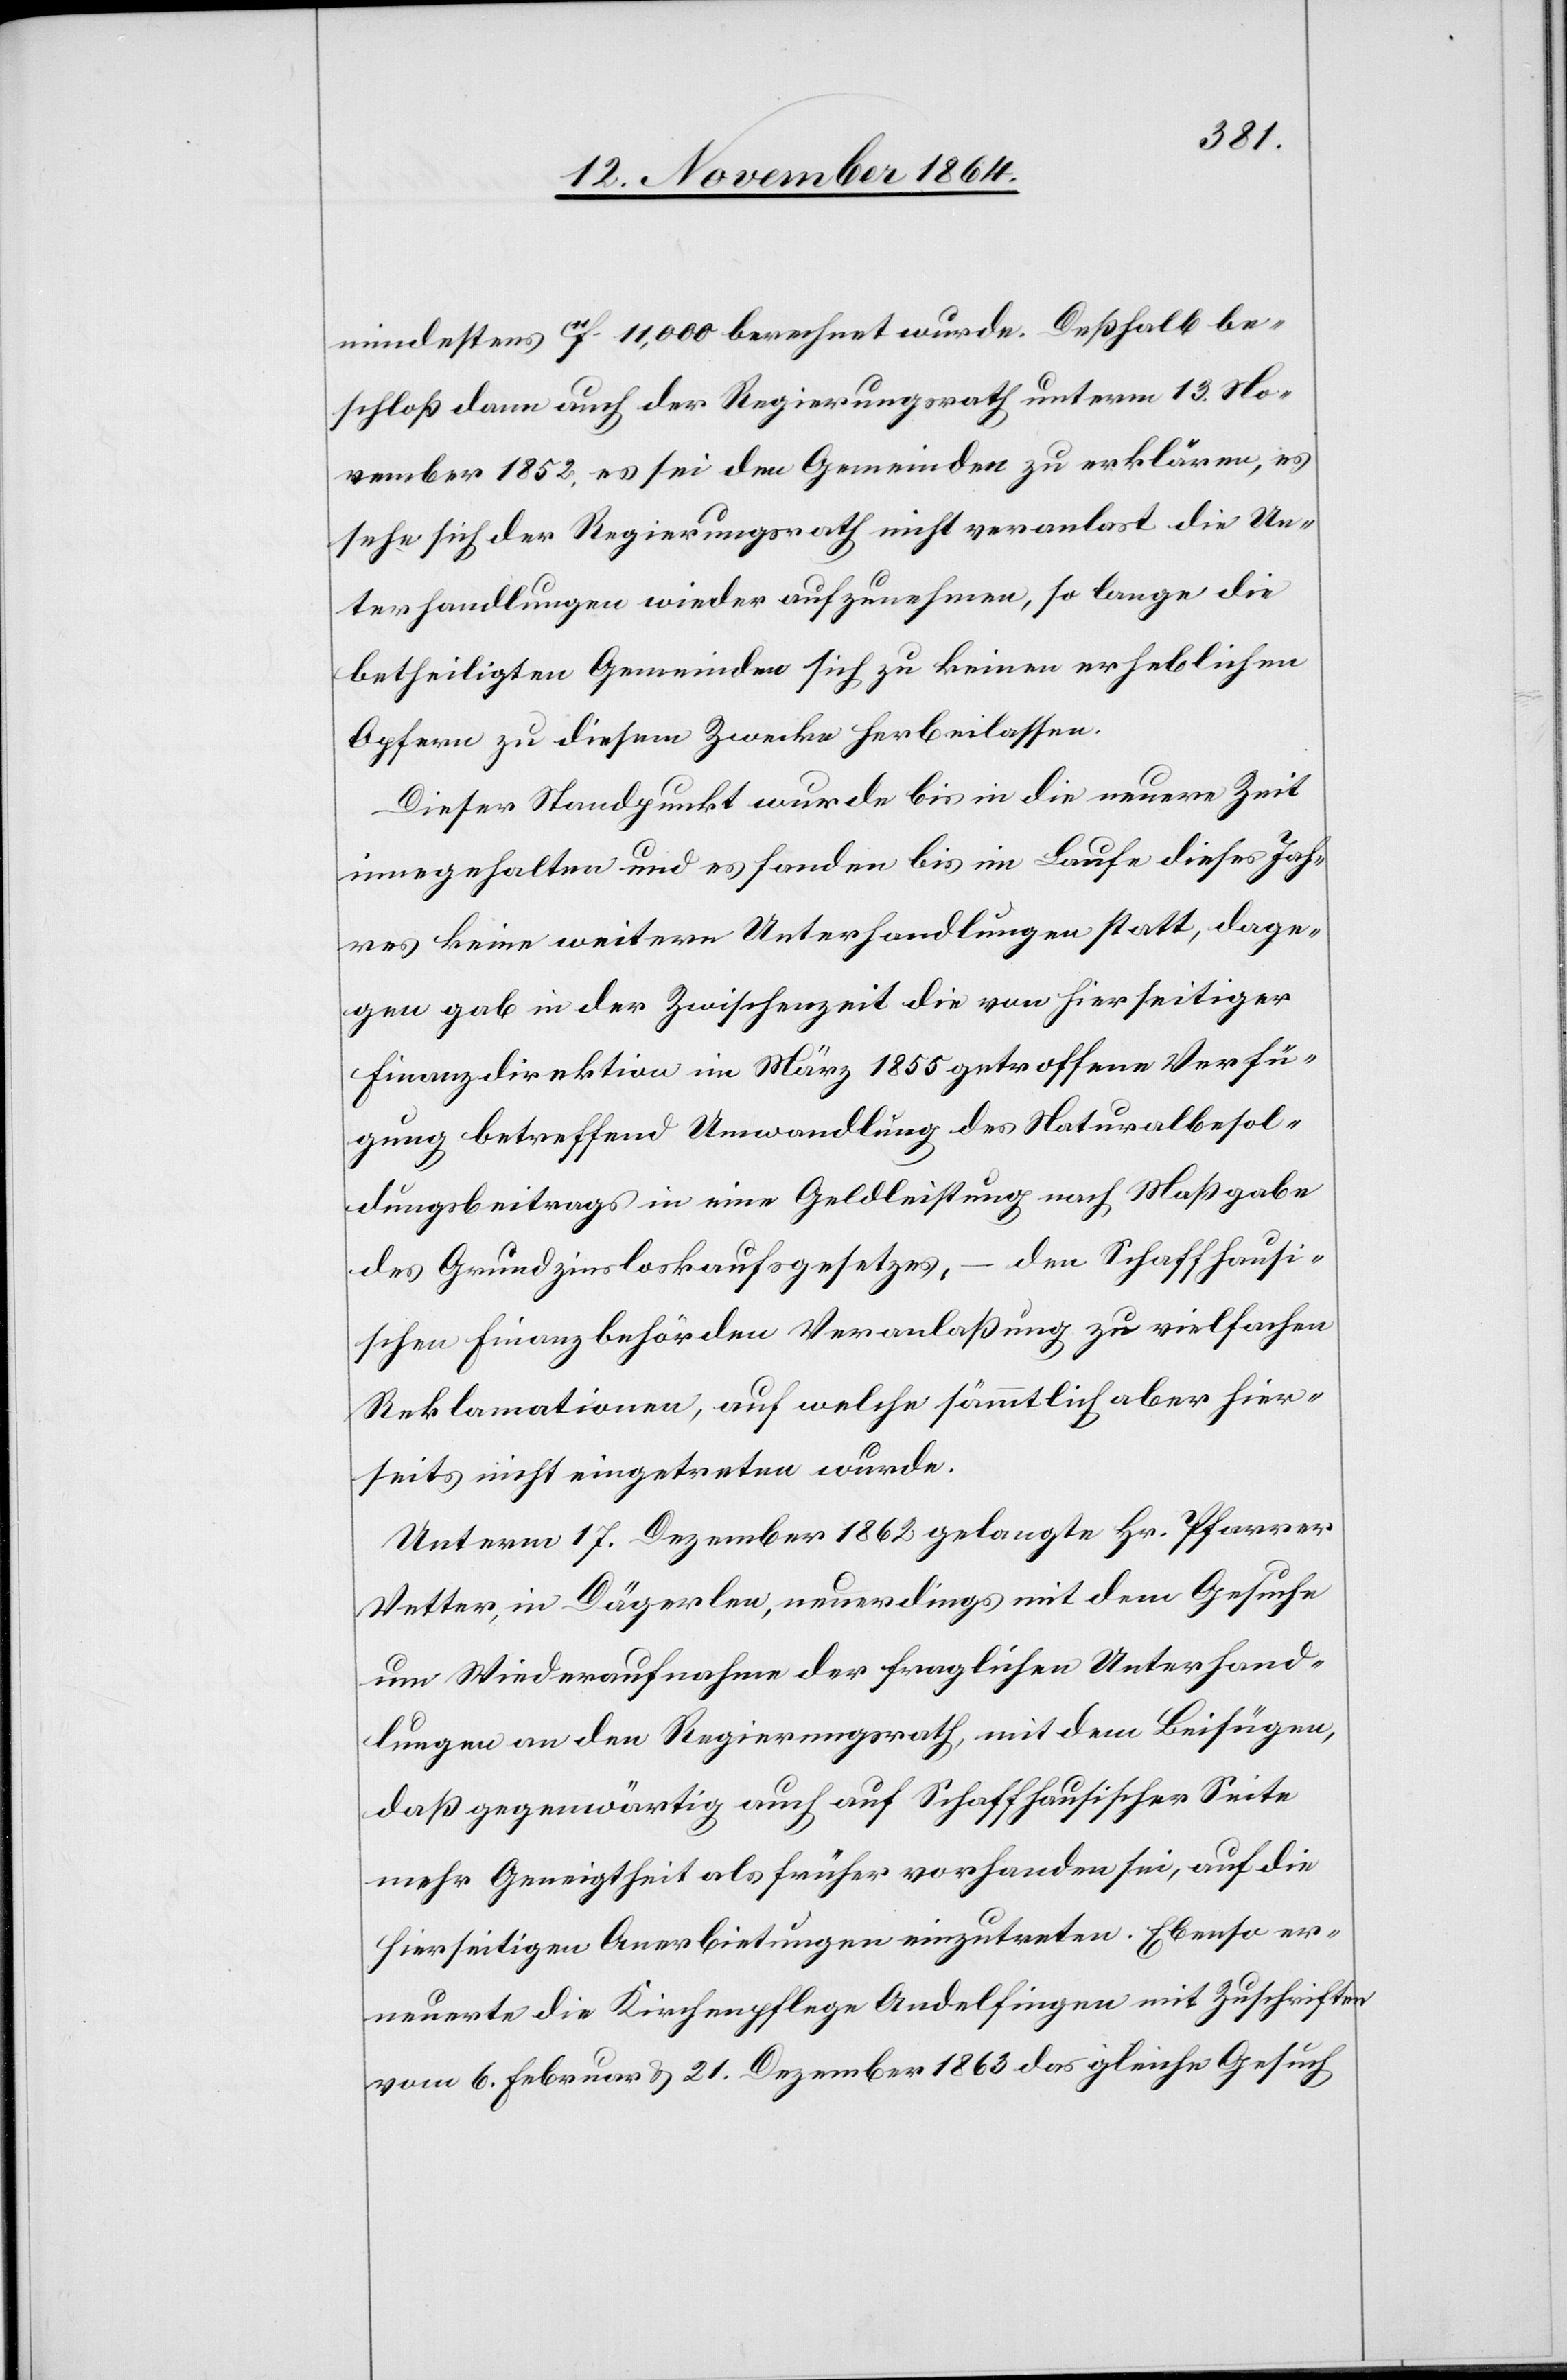
mindestens 11f 11,000 berechnet wurde. Deßhalb be¬
schloß dann auch der Regierungsrath unterm 13. No¬
vember 1852, es sei den Gemeinden zu erklären, es
sehe sich der Regierungsrath nicht veranlast die Un¬
terhandlungen wieder aufzunehmen, so lange die
betheiligten Gemeinden sich zu keinen erheblichen
Opfern zu diesem Zwecke herbeilassen.
Dieser Standpunkt wurde bis in die neuere Zeit
inne gehalten und es fanden bis im Laufe dieses Jah¬
res keine weitern Unterhandlungen statt, dage¬
gen gab in der Zwischenzeit die von hierseitiger
Finanzdirektion im März 1855 getroffene Verfü¬
gung betreffend Umwandlung des Naturalbesol¬
dungsbeitrags in eine Geldleistung nach Maßgabe
des Grundzinsloskaufsgesetzes, – den Schaffhausi¬
schen Finanzbehörden Veranlaßung zu vielfachen
Reklamationen, auf welche sämmtlich aber hier¬
seits nicht eingetreten wurde.
Unterm 17. Dezember 1862 gelangte Hr. Pfarrer
Vetter, in Dägerlen, neuerdings mit dem Gesuche
um Wiederaufnahme der fraglichen Unterhand¬
lungen an den Regierungsrath, mit dem Beifügen,
daß gegenwärtig auch auf Schaffhausischer Seite
mehr Geneigtheit als früher vorhanden sei, auf die
hierseitigen Anerbietungen einzutreten. Ebenso er¬
neuerte die Kirchenpflege Andelfingen mit Zuschriften
vom 6. Februar & 21. Dezember 1863 das gleiche Gesuch